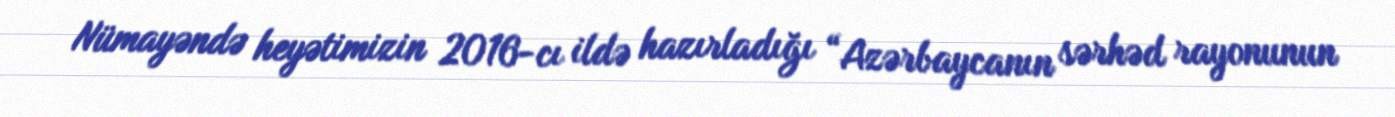
Nümayəndə heyətimizin 2016-cı ildə hazırladığı “Azərbaycanın sərhəd rayonunun